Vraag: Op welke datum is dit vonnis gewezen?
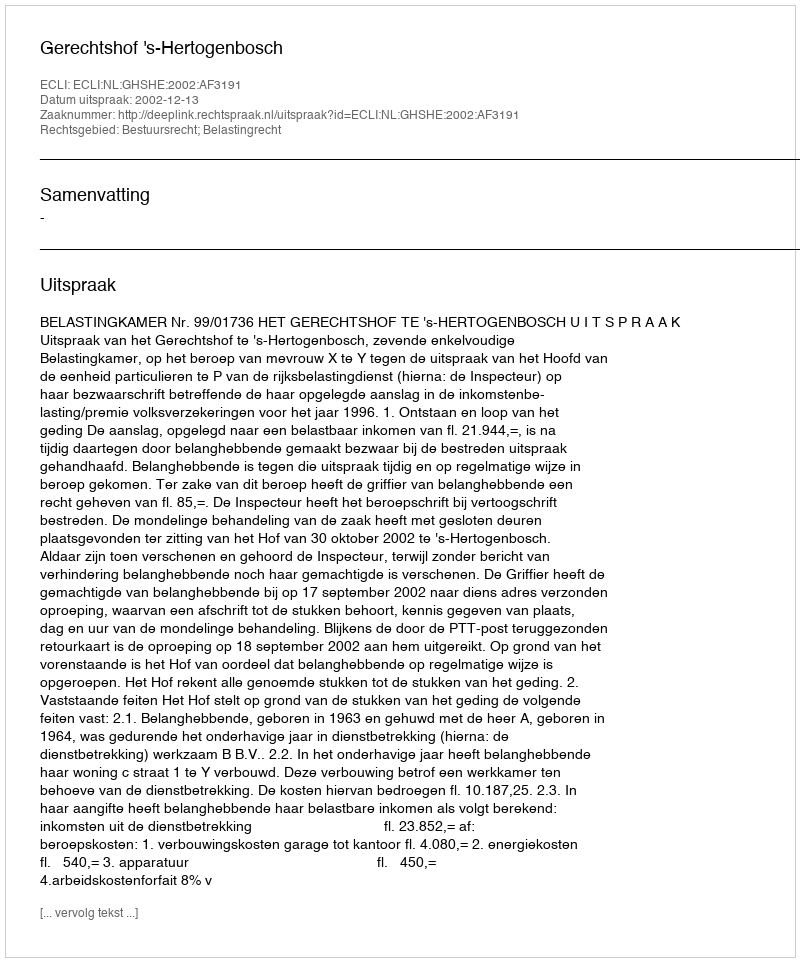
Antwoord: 2002-12-13